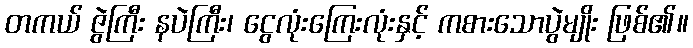
တကယ် ဇွဲကြီး နပဲကြီး၊ ငွေလုံးကြေးလုံးနှင့် ကစားသောပွဲမျိုး ဖြစ်၏။